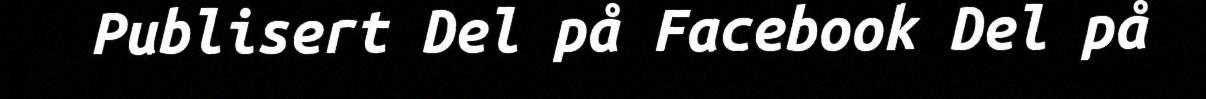
Publisert Del på Facebook Del på